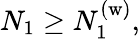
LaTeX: N_{1}\geq N_{1}^{\mathrm{(w)}},